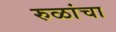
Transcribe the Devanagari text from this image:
रुळांचा